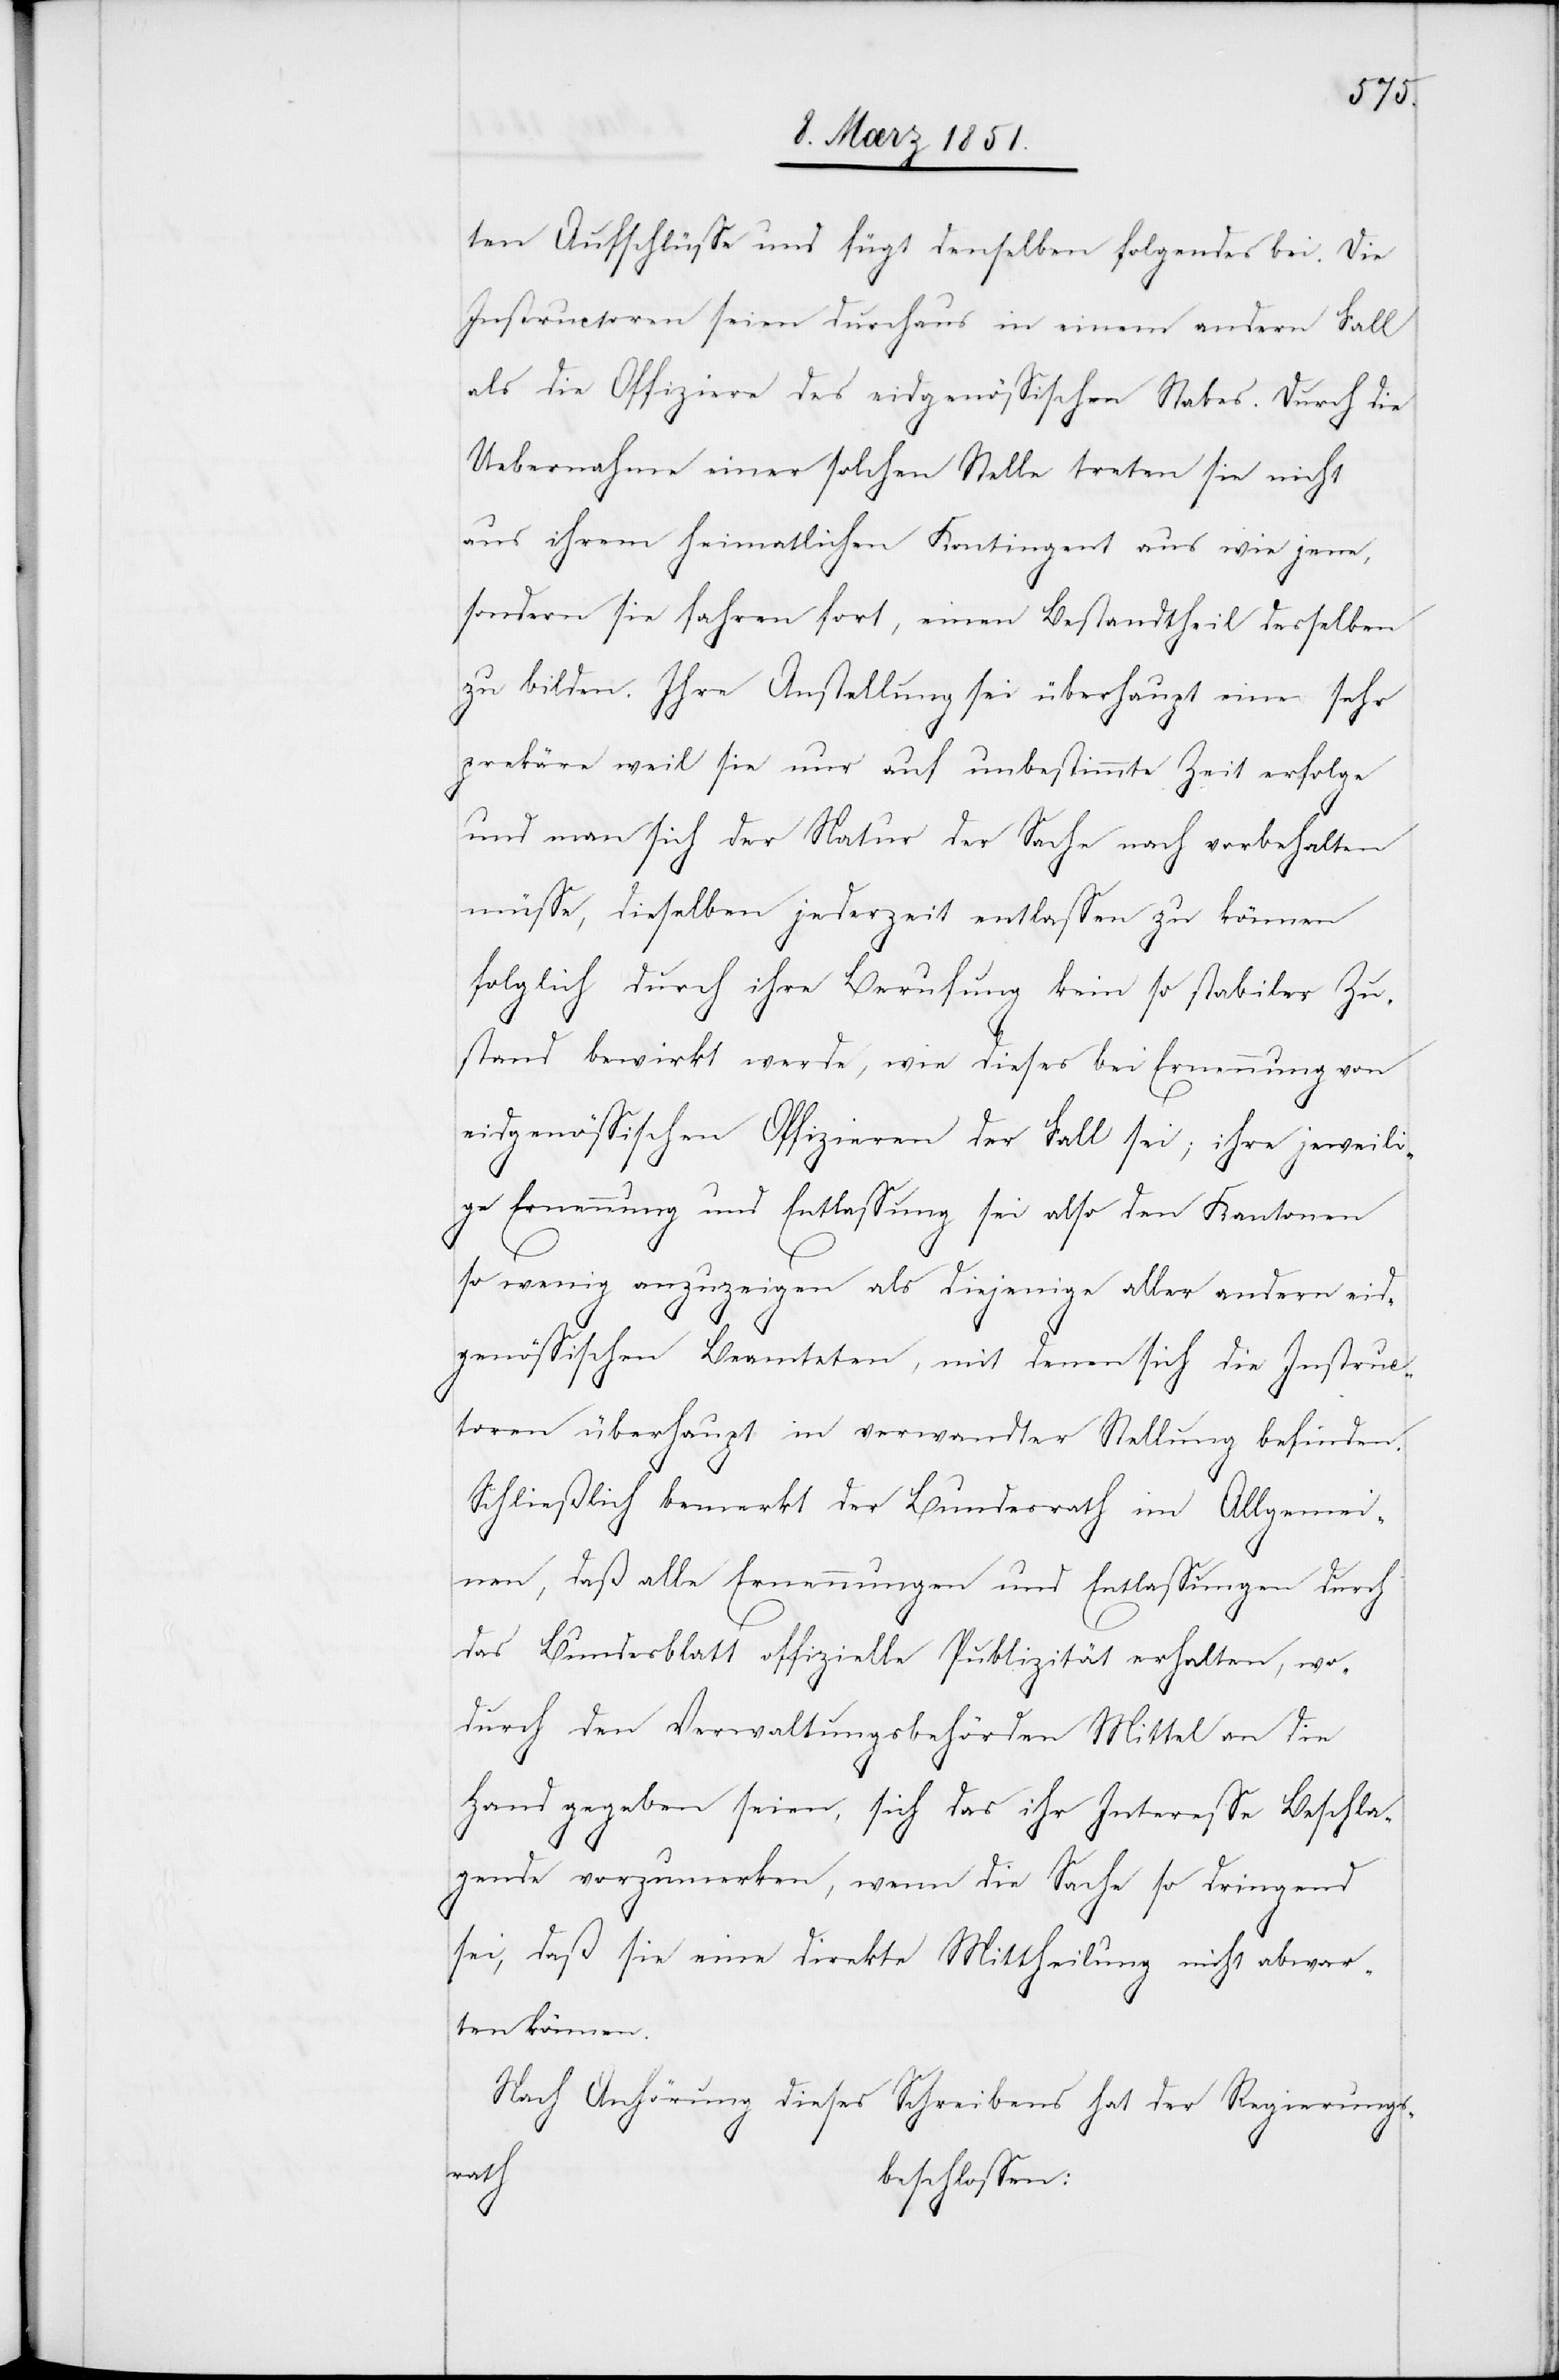
ten Aufschlüsse und fügt denselben folgendes bei. Die
Instructoren seien durchaus in einem andern Fall
als die Offiziere des eidgenössischen Stabes. Durch die
Uebernahme einer solchen Stelle treten sie nicht
aus ihrem heimatlichen Kontingent aus wie jene,
sondern sie fahren fort, einen Bestandtheil desselben
zu bilden. Ihre Anstellung sei überhaupt eine sehr
prekäre weil sie nur auf unbestimmte Zeit erfolge
und man sich der Natur der Sache nach vorbehalten
müsse, dieselben jederzeit entlassen zu können
folglich durch ihre Berufung kein so stabiler Zu¬
stand bewirkt werde, wie dieses bei Ernennung von
eidgenössischen Offizieren der Fall sei; ihre jeweili¬
ge Ernennung und Entlassung sei also den Kantonen
so wenig anzuzeigen als diejenige aller andern eid¬
genössischen Beamteten, mit denen sich die Instruc¬
toren überhaupt in verwandter Stellung befinden.
Schließlich bemerkt der Bundesrath im Allgemei¬
nen, daß alle Ernennungen und Entlassungen durch
das Bundesblatt offizielle Publizität erhalten, wo¬
durch den Verwaltungsbehörden Mittel an die
Hand gegeben seien, sich das ihr Interesse Beschla¬
gende vorzumerken, wenn die Sache so dringend
sei, daß sie eine direkte Mittheilung nicht abwar¬
ten können.
Nach Anhörung dieses Schreibens hat der Regierungs¬
rath
beschlossen: